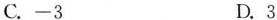
C.-3 D.3